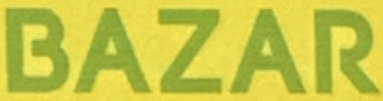
BAZAR